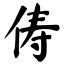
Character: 俦